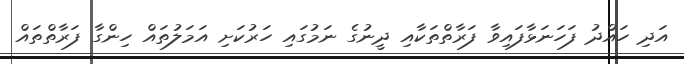
އަދި ހައްދު ފަހަނަޅާފައިވާ ފަރާތްތަކާއި ދީނުގެ ނަމުގައި ހަރުކަށި އަމަލުތައް ހިންގާ ފަރާތްތައް